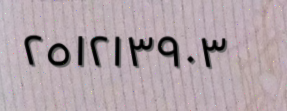
٢٥١٢١٣٩٠٣